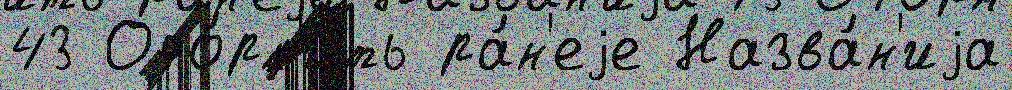
43 Офо́рм'ить ра́н'еjе Назва́н'иjа